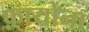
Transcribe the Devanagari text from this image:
फ़ायोना